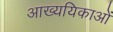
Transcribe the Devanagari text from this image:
आख्ययिकाओं